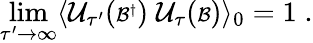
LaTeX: \operatorname*{lim}_{\tau^{\prime}\rightarrow\infty}\langle{\cal U}_{\tau^{\prime}}({\scriptstyle{\cal B}^{\dagger}})\; {\cal U}_{\tau}({\scriptstyle{\cal B}})\rangle_{0}=1\; .